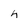
Character: 4